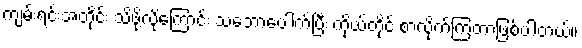
ကျမ်းရင်းအတိုင်း သိဖို့လိုကြောင်း သဘောပေါက်ပြီး ကိုယ်တိုင် စာလိုက်ကြတာဖြစ်ပါတယ်။